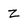
Character: z